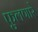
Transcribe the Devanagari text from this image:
फुलणारे